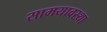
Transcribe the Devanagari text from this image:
सामयावस्था